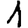
Digit: 1